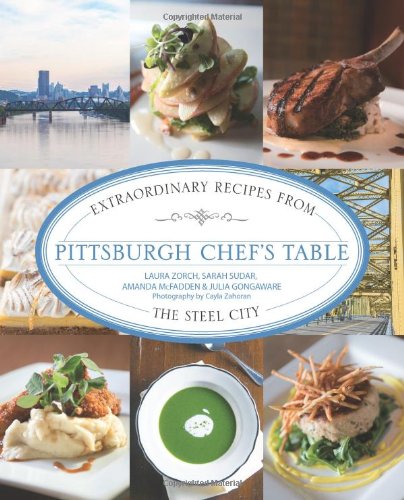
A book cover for Pittsburgh Chef's Table: Extraordinary Recipes From The Steel City; Sarah Sudar; Cookbooks, Food & Wine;